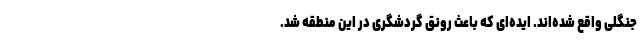
جنگلی واقع شده‌اند. ایده‌ای که باعث رونق گردشگری در این منطقه شد.